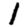
Digit: 1